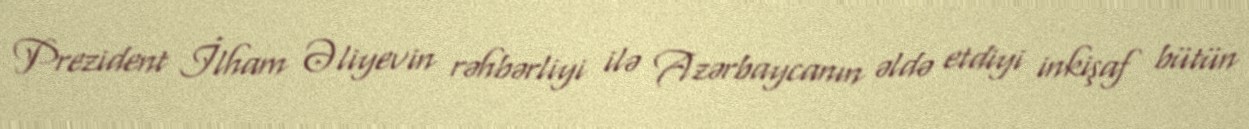
Prezident İlham Əliyevin rəhbərliyi ilə Azərbaycanın əldə etdiyi inkişaf bütün